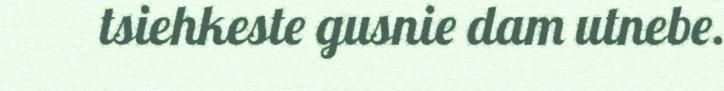
tsiehkeste gusnie dam utnebe.